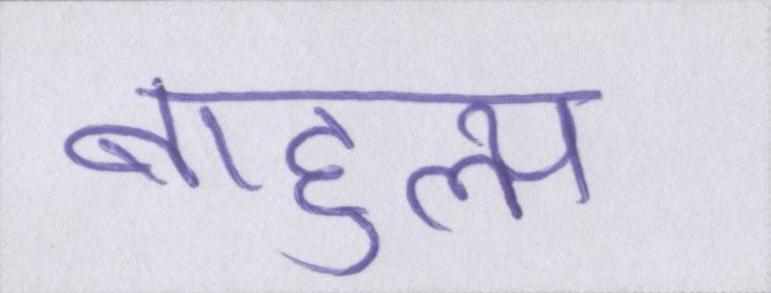
बाहुल्य